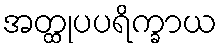
အတ္ထုပပရိက္ခာယ